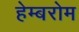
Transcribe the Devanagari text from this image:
हेम्बरोम